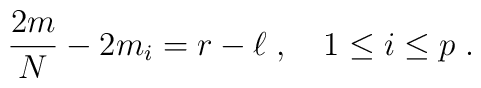
{2m\over N} - 2m_i =r-\ell\;, \quad 1\leq i \leq p \;.